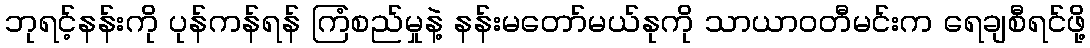
ဘုရင့်နန်းကို ပုန်ကန်ရန် ကြံစည်မှုနဲ့ နန်းမတော်မယ်နုကို သာယာဝတီမင်းက ရေချစီရင်ဖို့